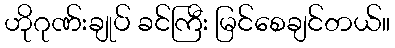
ဟိုဂုဏ်းချုပ် ခင်ကြီး မြင်စေချင်တယ်။